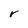
Character: r